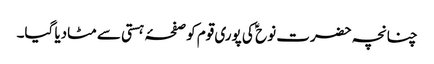
چنانچہ حضرت نوح ؑ کی پوری قوم کو صفحۂ ہستی سے مٹادیا گیا۔